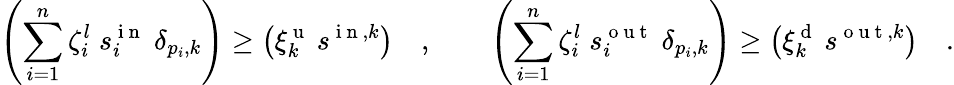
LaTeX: \left(\sum_{i=1}^{n}\zeta_{i}^{l}\; s_{i}^{\mathrm{~i~n~}}\; \delta_{p_{i},k}\right)\geq\left(\xi_{k}^{\mathrm{~u~}}\: s^{\mathrm{~i~n~},k}\right)\quad,\qquad\left(\sum_{i=1}^{n}\zeta_{i}^{l}\; s_{i}^{\mathrm{~o~u~t~}}\; \delta_{p_{i},k}\right)\geq\left(\xi_{k}^{\mathrm{~d~}}\: s^{\mathrm{~o~u~t~},k}\right)\quad.